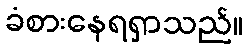
ခံစားနေရရှာသည်။